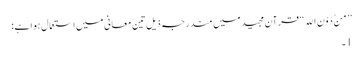
’’مِنْ دُوْنِ اللهِ‘‘ قرآن مجید میں مندرجہ ذیل تین معانی میں استعمال ہوا ہے :
1۔